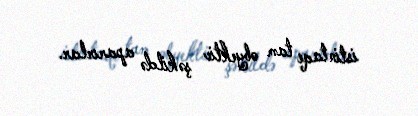
istintaqı tam obyektiv şəkildə aparırlar.